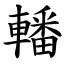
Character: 轓